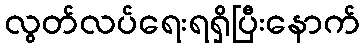
လွတ်လပ်ရေးရရှိပြီးနောက်